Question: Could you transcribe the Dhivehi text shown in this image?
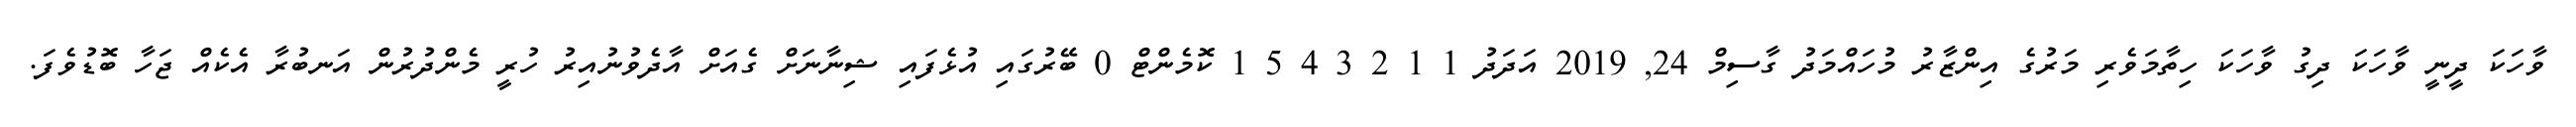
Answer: ވާހަކަ ދީނީ ވާހަކަ ދިގު ވާހަކަ ހިތާމަވެރި މަރުގެ އިންޒާރު މުހައްމަދު ގާސިމް 24, 2019 އަދަދު 1 1 2 3 4 5 1 ކޮމެންޓް 0 ބޭރުގައި އުޅެފައި ޝިނާނަށް ގެއަށް އާދެވުނުއިރު ހުރީ މެންދުރުން އަނބުރާ އެކެއް ޖަހާ ބޮޑުވެފަ.